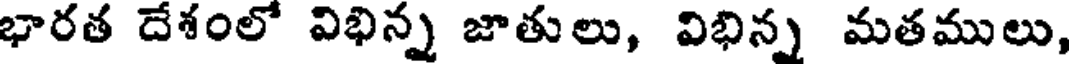
భారత దేశంలో విభిన్న జాతులు, విభిన్న మతములు,